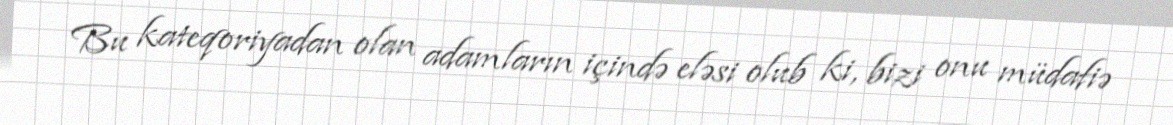
Bu kateqoriyadan olan adamların içində eləsi olub ki, bizi onu müdafiə